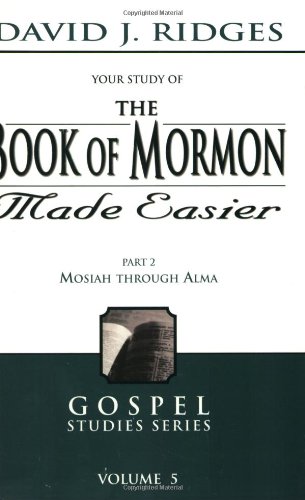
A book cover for The Book of Mormon Made Easier, Part II (New Cover) (Gospel Studies); David Ridges; Christian Books & Bibles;